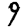
Digit: 9